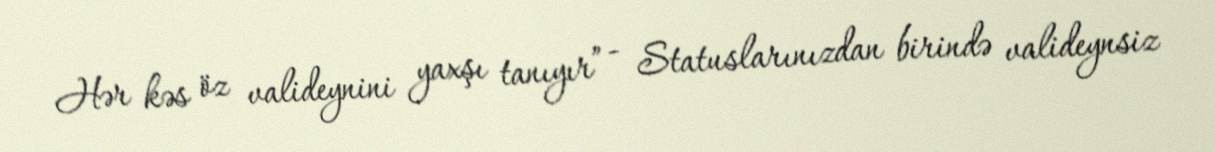
Hər kəs öz valideynini yaxşı tanıyır” - Statuslarınızdan birində valideynsiz